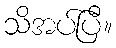
သိအပ်ပြီ။